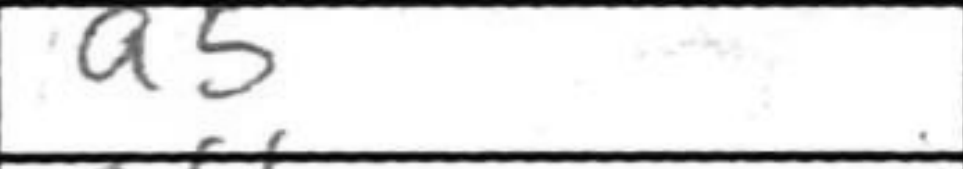
Transcription: a5